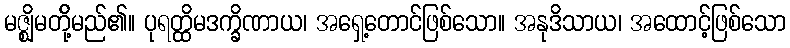
မဇ္ဈိမတို့်မည်၏။ ပုရတ္ထိမဒက္ခိဏာယ၊ အရှေ့တောင်ဖြစ်သော။ အနုဒိသာယ၊ အထောင့်ဖြစ်သော